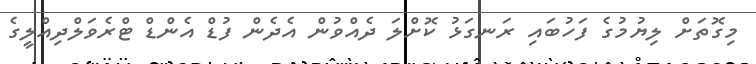
މިގޮތަށް ލިޔުމުގެ ފަހުބައި ރަނގަޅު ކޮށްލަ ދެއްވުން އެދެން ފުޑް އެންޑް ޓްރެވަލްދިއްލީގެ